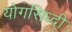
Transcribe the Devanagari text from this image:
योगसिध्दी